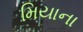
મિયાના